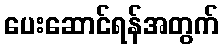
ပေးဆောင်ရန်အတွက်